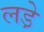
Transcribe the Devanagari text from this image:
लडे़